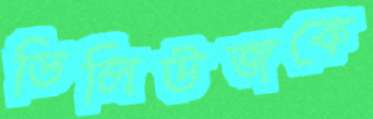
ডিলিউজকে